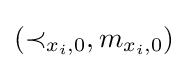
(\prec _{x_{i},0},m_{x_{i},0})